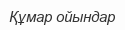
Құмар ойындар